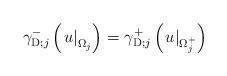
LaTeX: \begin{align*}\gamma_{\operatorname*{D};j}^{-}\left( \left. u\right\vert _{\Omega_{j}}\right) =\gamma_{\operatorname*{D};j}^{+}\left( \left. u\right\vert_{\Omega_{j}^{+}}\right) \end{align*}